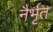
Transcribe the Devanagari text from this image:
नैर्भृत